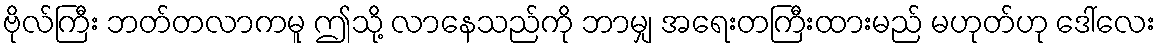
ဗိုလ်ကြီး ဘတ်တလာကမူ ဤသို့ လာနေသည်ကို ဘာမျှ အရေးတကြီးထားမည် မဟုတ်ဟု ဒေါ်လေး